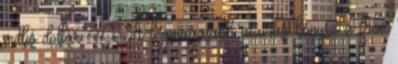
millió dollár 40. A legmagasabb aláírási bónusz a free